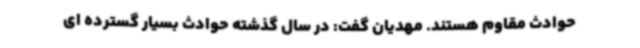
حوادث مقاوم هستند. مهدیان گفت: در سال گذشته حوادث بسیار گسترده ای